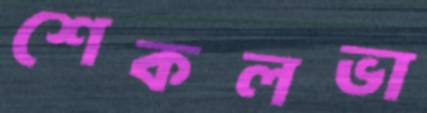
শেকলভা